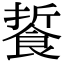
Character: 䭁